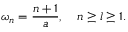
\omega _ { n } = \frac { n + 1 } { a } , \quad n \ge l \ge 1 .